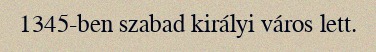
1345-ben szabad királyi város lett.